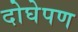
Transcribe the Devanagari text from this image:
दोघेपण